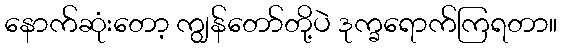
နောက်ဆုံးတော့ ကျွန်တော်တို့ပဲ ဒုက္ခရောက်ကြရတာ။